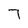
Character: 7